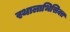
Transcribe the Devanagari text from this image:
स्थालाभिसिक्त